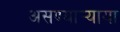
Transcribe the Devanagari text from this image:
असण्यार्‍याया